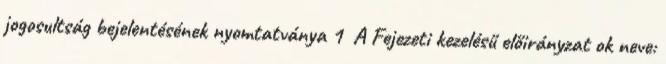
jogosultság bejelentésének nyomtatványa 1 A Fejezeti kezelésű előirányzat ok neve: